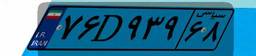
۸۱D۰۴۱۰۸